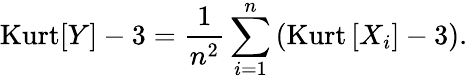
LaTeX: \operatorname{Kurt}[Y]-3={\frac{1}{n^{2}}}\sum_{i=1}^{n}\left(\operatorname{Kurt}\left[X_{i}\right]-3\right).